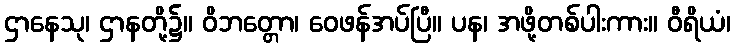
ဌာနေသု၊ ဌာနတို့၌။ ဝိဘတ္တော၊ ဝေဖန်အပ်ပြီ။ ပန၊ အဖို့တစ်ပါးကား။ ဝီရိယံ၊